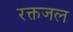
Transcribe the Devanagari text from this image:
रक्तजल